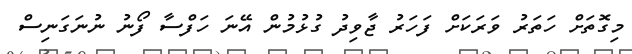
މިގޮތަށް ހަތަރު ވަރަކަށް ފަހަރު ޖާވިދު ގުޅުމުން އޭނަ ހަފްސާ ފޯނު ނުނަގަނިސް